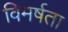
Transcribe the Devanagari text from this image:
विमर्षता